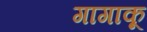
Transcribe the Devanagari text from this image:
गागाकू